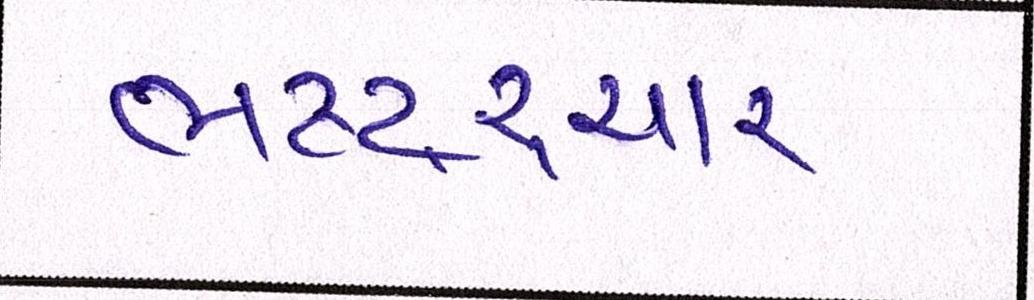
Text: ભષ્ટ્ર્ચાર